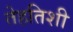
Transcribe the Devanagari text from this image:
तेहतिशी